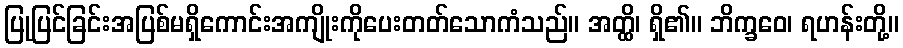
ပြုပြင်ခြင်းအပြစ်မရှိကောင်းအကျိုးကိုပေးတတ်သောကံသည်။ အတ္ထိ၊ ရှိ၏။ ဘိက္ခဝေ၊ ရဟန်းတို့။